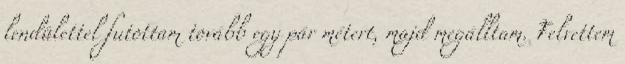
lendülettel futottam tovább egy pár métert, majd megálltam. Felvettem